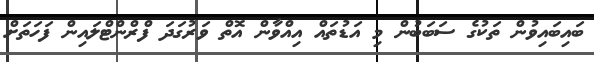
ބައިބައިވުން ތަކުގެ ސަބަބުން މި އަޑުތައް އިއްވާން އޮތް ވަރުގަދަ ފްރްންޓްލައިން ފަހަތަށް